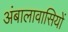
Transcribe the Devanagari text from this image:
अंबालावासियों